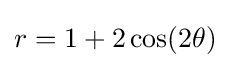
r=1+2\cos(2\theta )